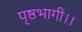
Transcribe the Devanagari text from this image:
पृष्ठभागी।।